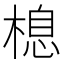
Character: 㮩